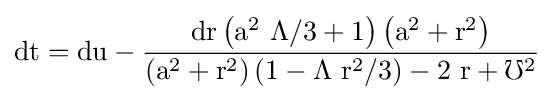
{\rm {dt=du-{\frac {dr\left(a^{2}\ \Lambda /3+1\right)\left(a^{2}+r^{2}\right)}{\left(a^{2}+r^{2}\right)\left(1-\Lambda \ r^{2}/3\right)-2\ r+\mho ^{2}}}}}